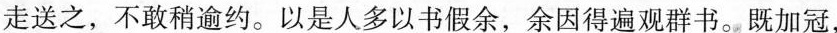
走送之，不敢稍逾约。以是人多以书假余，余因得遍观群书。既加冠，